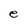
Character: e